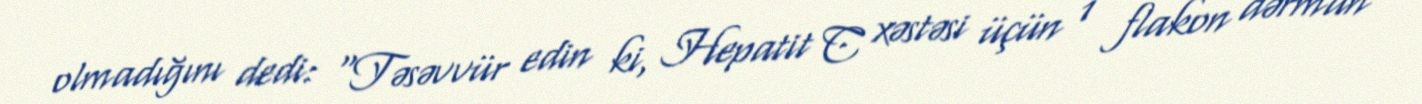
olmadığını dedi: “Təsəvvür edin ki, Hepatit C xəstəsi üçün 1 flakon dərman